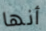
أنها